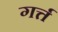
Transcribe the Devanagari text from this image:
गर्त्त